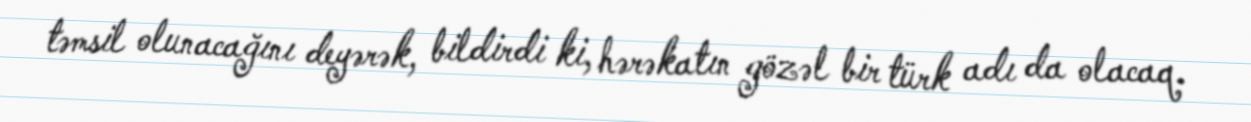
təmsil olunacağını deyərək, bildirdi ki, hərəkatın gözəl bir türk adı da olacaq.